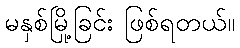
မနှစ်မြို့ခြင်း ဖြစ်ရတယ်။